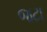
જટા